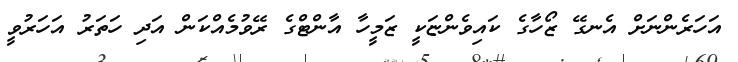
އަހަރެންނަށް އެނގޭ ޒޯހާގެ ކައިވެންޏަކީ ޒަމީހާ އާންޓްގެ ރޭވުމެއްކަން އަދި ހަތަރު އަހަރުވީ